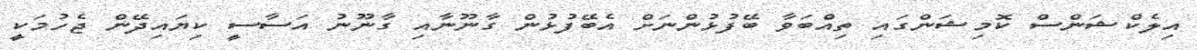
އިލެކްޝަންސް ކޮމިޝަންގައި ތިއްބަވާ ބޭފުޅުންނަށް އެބޭފުޅުން ގާނޫނާއި ގާނޫނު އަސާސީ ކިޔައިދޭން ޖެހުމަކީ